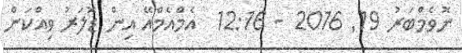
ނޮވެމްބަރު 19